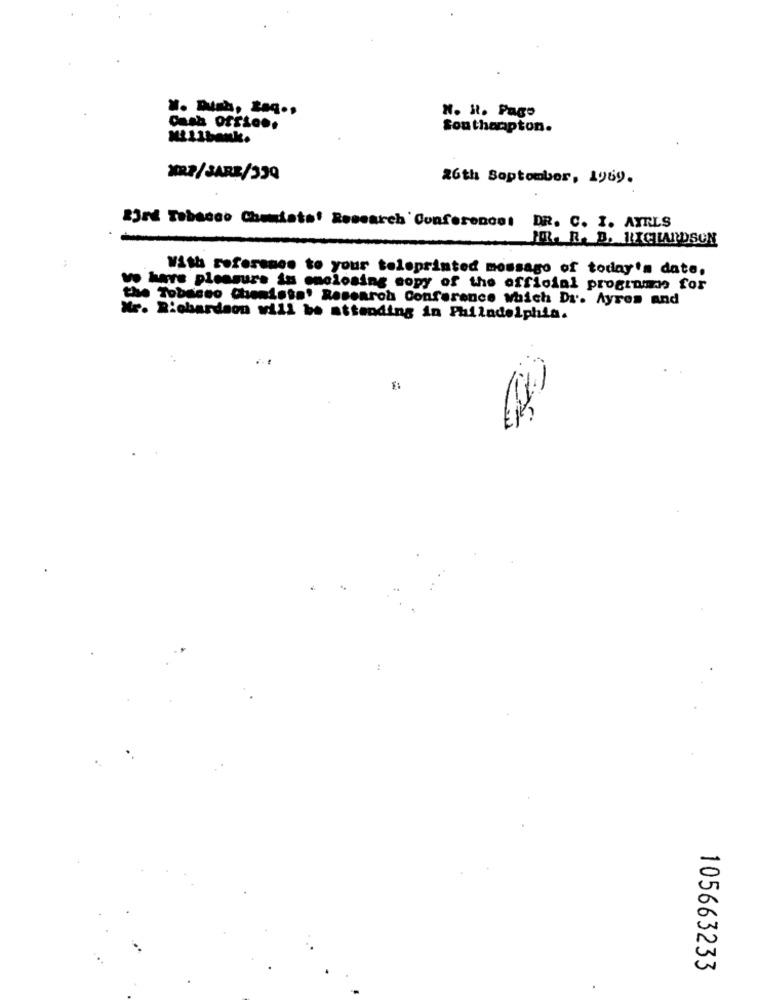
". H. Pago
Cash offic ..
Southampton.
Milibank.
XBR/SARK/339
26th Soptomber, 1969.
23rd Tobacco Chemists! Research' Conference: DR. C. I. AYRLS
JR. R. B. RICHARDSON
With referemen to your telsprinted mossago of today's date,
vo have pleasure in enclosing copy of the official programme for
the Tobacco Chemista' Researoh Conferance which Dr. Ayres and
Nr. Richardson will be attending in Philadelphia.
105663233